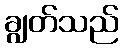
ချွတ်သည်